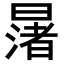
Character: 𪱅